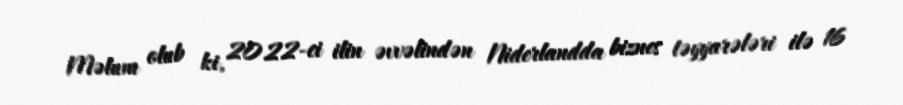
Məlum olub ki, 2022-ci ilin əvvəlindən Niderlandda biznes təyyarələri ilə 16